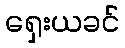
ရှေးယခင်